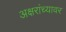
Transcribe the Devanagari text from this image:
अक्षरांच्यावर